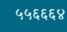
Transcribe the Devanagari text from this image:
५५६६६४